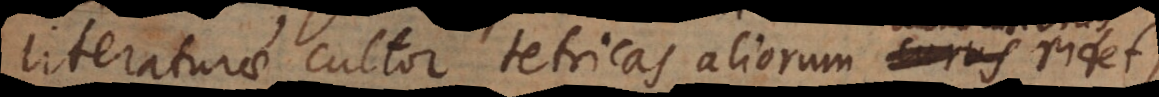
literaturae cultor tetricas aliorum lucubratione